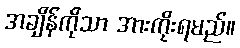
အချိန်ကိုသာ အားကိုးရမည်။